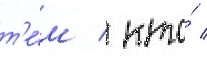
т'е́м / кто́ /